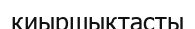
қиыршықтасты